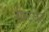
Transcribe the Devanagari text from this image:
रोन्टजेन